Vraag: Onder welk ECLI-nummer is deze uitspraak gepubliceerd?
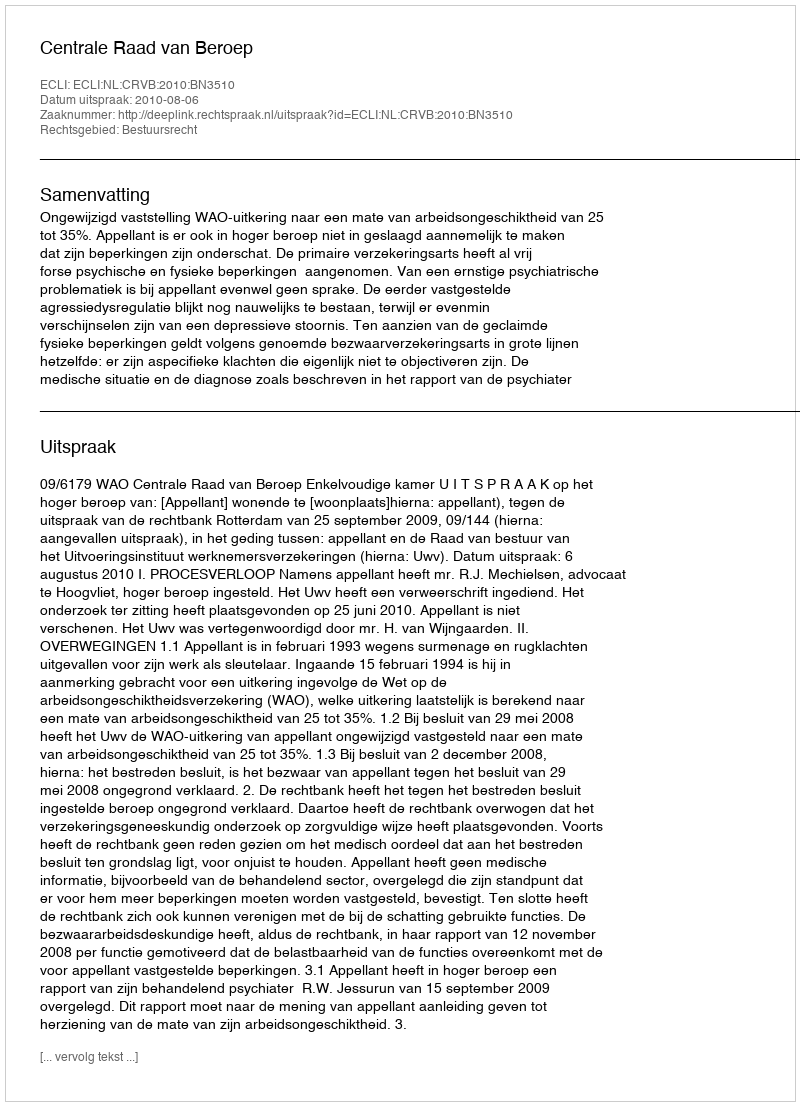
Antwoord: ECLI:NL:CRVB:2010:BN3510